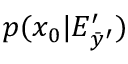
p ( x _ { 0 } | E _ { \bar { y } ^ { \prime } } ^ { \prime } )